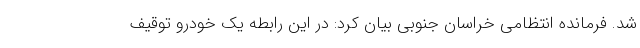
شد. فرمانده انتظامی خراسان جنوبی بیان کرد: در این رابطه یک خودرو توقیف